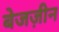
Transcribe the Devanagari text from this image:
बेजज़ीन